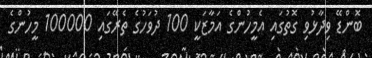
ބޮންޑޭ ވިދާޅުވި ގޮތުގައި އެމީހުންގެ އަމާޒަކީ 100 ދުވަހުގެ ތެރޭގައި 100000 މީހުންގެ